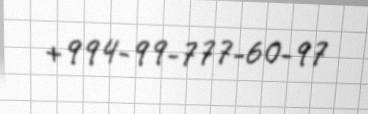
+994-99-777-60-97